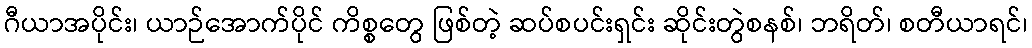
ဂီယာအပိုင်း၊ ယာဉ်အောက်ပိုင် ကိစ္စတွေ ဖြစ်တဲ့ ဆပ်စပင်းရှင်း ဆိုင်းတွဲစနစ်၊ ဘရိတ်၊ စတီယာရင်၊